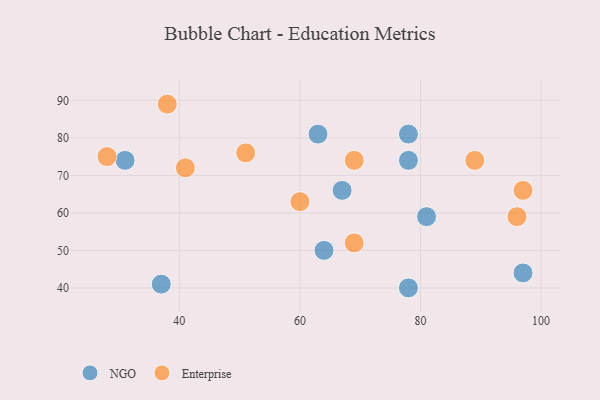
{"axis": {"x": "GDP", "y": "Life Expectancy"}, "legend": ["Enterprise", "NGO"], "data": [{"x": "97", "y": 44, "type": "NGO"}, {"x": "37", "y": 41, "type": "NGO"}, {"x": "78", "y": 81, "type": "NGO"}, {"x": "78", "y": 40, "type": "NGO"}, {"x": "64", "y": 50, "type": "NGO"}, {"x": "63", "y": 81, "type": "NGO"}, {"x": "67", "y": 66, "type": "NGO"}, {"x": "81", "y": 59, "type": "NGO"}, {"x": "78", "y": 74, "type": "NGO"}, {"x": "31", "y": 74, "type": "NGO"}, {"x": "60", "y": 63, "type": "Enterprise"}, {"x": "69", "y": 74, "type": "Enterprise"}, {"x": "41", "y": 72, "type": "Enterprise"}, {"x": "97", "y": 66, "type": "Enterprise"}, {"x": "28", "y": 75, "type": "Enterprise"}, {"x": "38", "y": 89, "type": "Enterprise"}, {"x": "96", "y": 59, "type": "Enterprise"}, {"x": "69", "y": 52, "type": "Enterprise"}, {"x": "89", "y": 74, "type": "Enterprise"}, {"x": "51", "y": 76, "type": "Enterprise"}]}